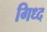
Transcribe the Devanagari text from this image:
गिध्द